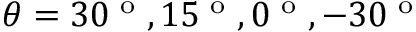
\theta = 3 0 ^ { \textrm { o } } , 1 5 ^ { \textrm { o } } , 0 ^ { \textrm { o } } , - 3 0 ^ { \textrm { o } }